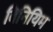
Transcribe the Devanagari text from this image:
विनियिम